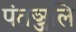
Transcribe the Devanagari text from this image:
पंतञ्जलि